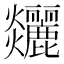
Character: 𤓧